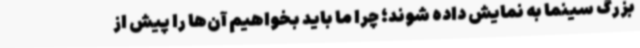
بزرگ سینما به نمایش داده شوند؛‌ چرا ما باید بخواهیم آن‌ها را پیش از